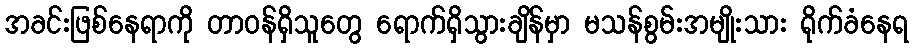
အခင်းဖြစ်နေရာကို တာဝန်ရှိသူတွေ ရောက်ရှိသွားချိန်မှာ မသန်စွမ်းအမျိုးသား ရိုက်ခံနေရ